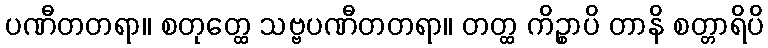
ပဏီတတရာ။ စတုတ္ထေ သဗ္ဗပဏီတတရာ။ တတ္ထ ကိဉ္စာပိ တာနိ စတ္တာရိပိ